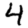
Digit: 4